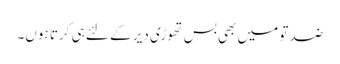
ضد تو میں بھی بس تھوڑی دیر کے لئے ہی کرتا ہوں۔